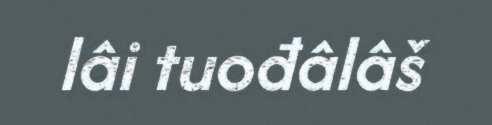
lâi tuođâlâš